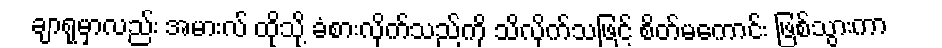
ချာရုမှာလည်း အမားလ် ထိုသို့ ခံစားလိုက်သည်ကို သိလိုက်သဖြင့် စိတ်မကောင်း ဖြစ်သွားကာ